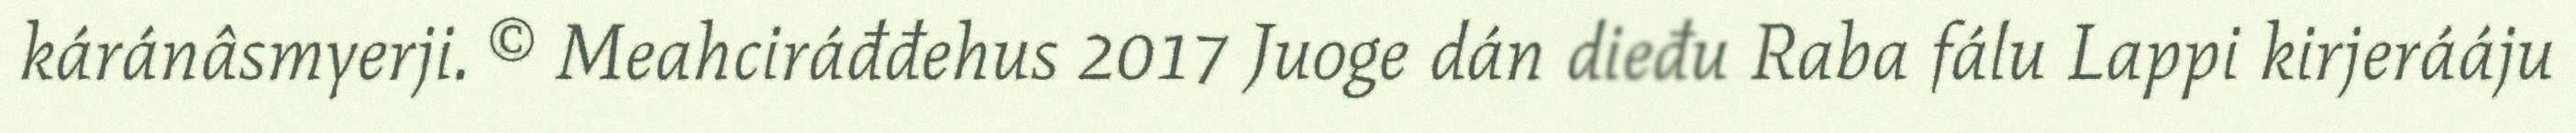
káránâsmyerji. © Meahciráđđehus 2017 Juoge dán dieđu Raba fálu Lappi kirjerááju